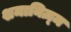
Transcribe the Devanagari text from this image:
शमानिज़्म